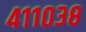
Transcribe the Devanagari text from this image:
४११०३८